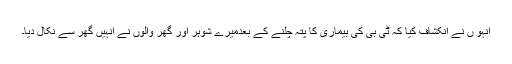
انہو ں نے انکشاف کیا کہ ٹی بی کی بیماری کا پتہ چلنے کے بعدمیرے شوہر اور گھر والوں نے انہیں گھر سے نکال دیا۔